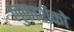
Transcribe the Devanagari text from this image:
लुकाशेंको